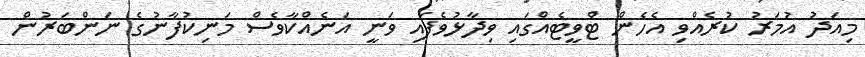
މިއަދު އުމަރު ކުރެއްވި އެހެން ޓްވީޓެއްގައި ވިދާޅުވެފައި ވަނީ އަނެއްކާވެސް މަނިކުފާނުގެ ނަންބަރުން